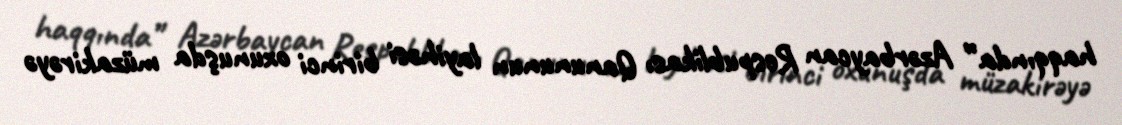
haqqında” Azərbaycan Respublikası Qanununun layihəsi birinci oxunuşda müzakirəyə